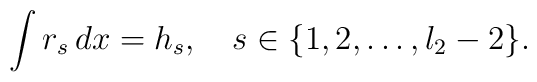
\int r_s \, dx = h_s, \quad s \in \{1,2, \ldots, l_2-2 \}.